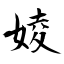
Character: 婈